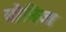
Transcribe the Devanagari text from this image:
यौनिज